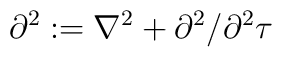
\partial ^{2}:=\nabla ^{2}+\partial ^{2}/\partial ^{2}\tau